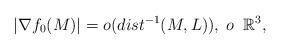
LaTeX: \begin{align*}\left|\nabla f_{0}(M)\right|=o(dist^{-1}(M,L)), \; o\; \; \mathbb{R}^{3},\end{align*}